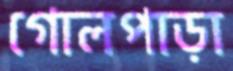
গোলপাড়া